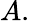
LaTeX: A.